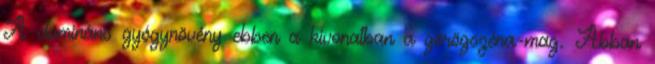
A domináns gyógynövény ebben a kivonatban a görögszéna-mag. Abban